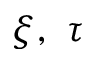
\xi , \ \tau